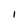
Character: I